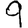
Digit: 9